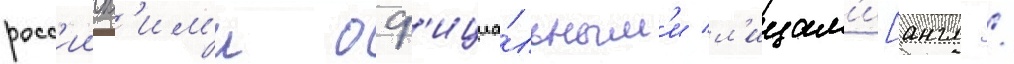
росс'ииск'им'и оф'ициа́льным'и л'ицам'и[англ. /